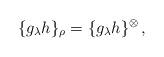
LaTeX: \begin{align*}\{g_\lambda h\}_\rho=\{g_\lambda h\}^{\otimes}\,,\end{align*}